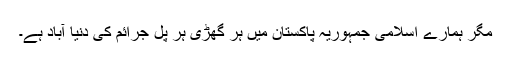
مگر ہمارے اسلامی جمہوریہ پاکستان میں ہر گھڑی ہر پل جرائم کی دنیا آباد ہے۔